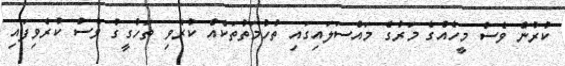
ކުރުން ވެސް މީހެއްގެ މަރުގެ މައްސަަލައިގައި ތުހުމަތުތަކެއް ކުރެވި ތަހުގީގު ވެސް ކުރެވިފައި